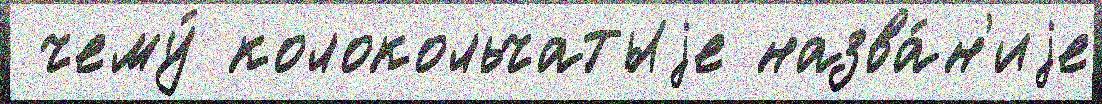
 чему́ колокольчатыjе назва́н'иjе